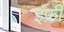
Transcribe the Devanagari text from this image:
इफ्री